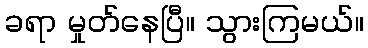
ခရာ မှုတ်နေပြီ။ သွားကြမယ်။